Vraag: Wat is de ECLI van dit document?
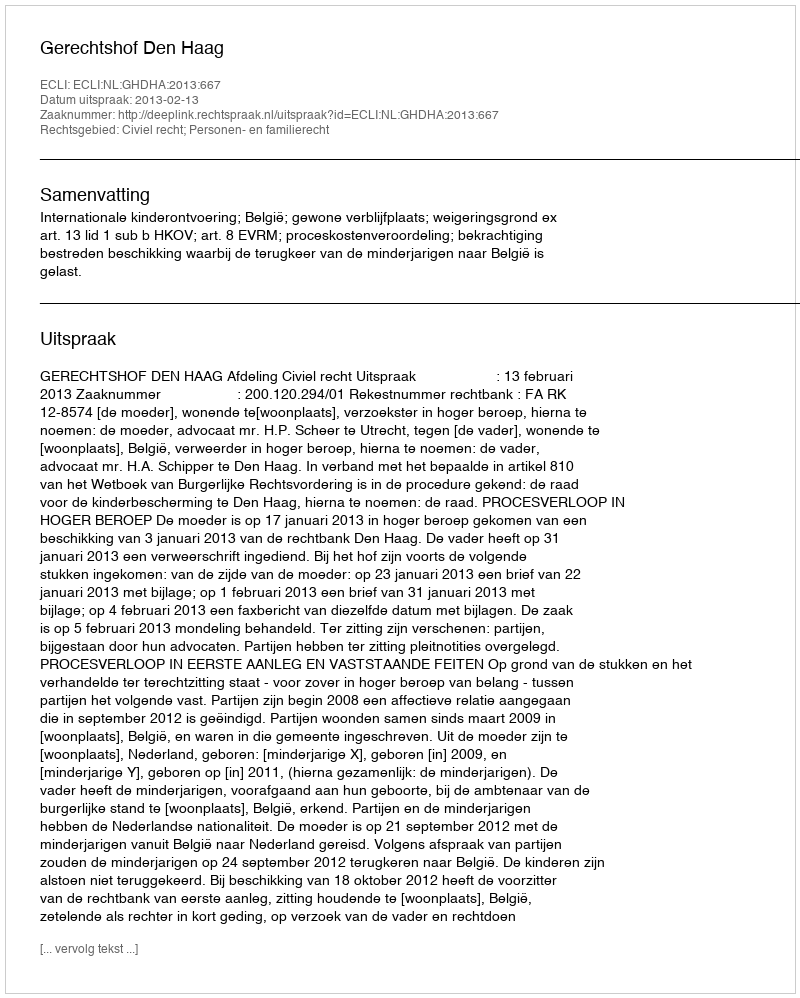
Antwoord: ECLI:NL:GHDHA:2013:667